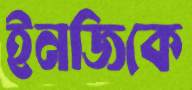
ইনজিকে